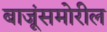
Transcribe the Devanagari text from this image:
बाजूंसमोरील